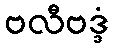
ဗလီဗဒ္ဒံ